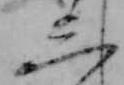
三